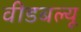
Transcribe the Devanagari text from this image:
वीडबल्यू